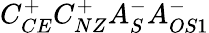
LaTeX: C_{CE}^{+}C_{NZ}^{+}A_{S}^{-}A_{OS1}^{-}